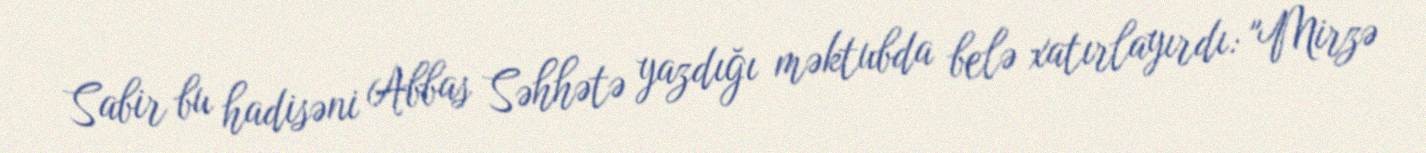
Sabir bu hadisəni Abbas Səhhətə yazdığı məktubda belə xatırlayırdı: "Mirzə